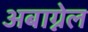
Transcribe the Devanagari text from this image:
अबाग्नेल